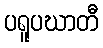
ပရူပဃာတီ